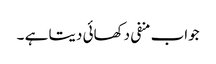
جواب منفی دکھائی دیتا ہے ۔